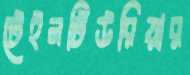
টেইনটিউরিয়ার